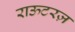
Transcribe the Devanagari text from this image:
राऊटरज़